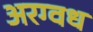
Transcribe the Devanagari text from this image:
अरग्वध